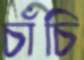
চাঁচি